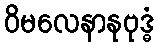
ဝိမလေနာနုဗုဒ္ဓံ